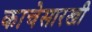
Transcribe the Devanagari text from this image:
काचेसारखी